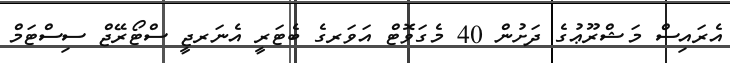
އެރައިސް މަޝްރޫޢުގެ ދަށުން 40 މެގަވޮޓް އަވަރގެ ބެޓަރީ އެނަރޖީ ސްޓޯރޭޖް ސިސްޓަމް